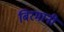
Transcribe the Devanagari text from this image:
बिरमानी